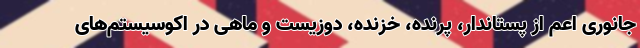
جانوری اعم از پستاندار، پرنده، خزنده، دوزیست و ماهی در اکوسیستم‌های